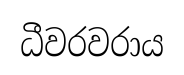
ධීවරවරාය